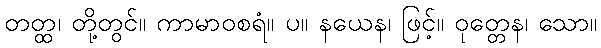
တတ္ထ၊ တို့တွင်။ ကာမာဝစရံ။ ပ။ နယေန၊ ဖြင့်။ ဝုတ္တေန၊ သော။